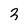
Character: 3